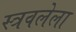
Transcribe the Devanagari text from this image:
स्त्रवलेला